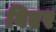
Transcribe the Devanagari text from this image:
बिएर